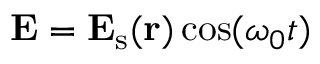
\mathbf { E } = \mathbf { E } _ { \mathrm { s } } ( \mathbf { r } ) \cos ( \omega _ { 0 } t )